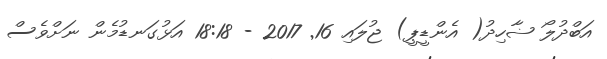
އަބްދުލޯ ޟާހިދު( އެންޑީޕީ) ޖުލައި 16